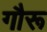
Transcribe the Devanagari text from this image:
गौरू